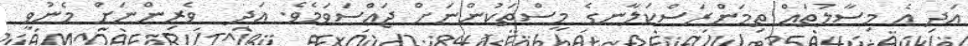
އަދި އެ މިސާލުތައް ތިމަންރަސްކަލާނގެ މީސްތަކުންނަށް ޖައްސަވަމެވެ. އަދި  ވެރިންނަށް މެނުވީ